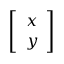
\left[ \begin{array} { l } { x } \\ { y } \end{array} \right]